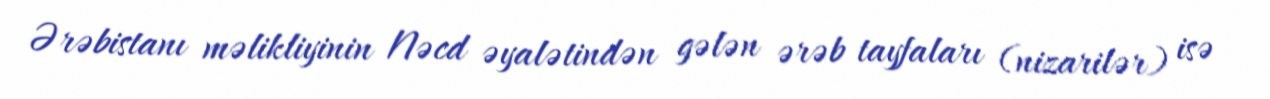
Ərəbistanı məlikliyinin Nəcd əyalətindən gələn ərəb tayfaları (nizarilər) isə